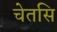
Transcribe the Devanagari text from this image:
चेतसि